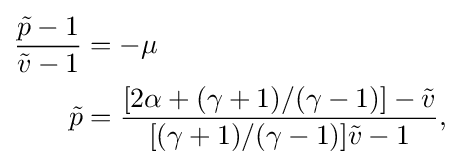
{\begin{aligned}{\frac {{\tilde {p}}-1}{{\tilde {v}}-1}}&=-\mu \\{\tilde {p}}&={\frac {[2\alpha +(\gamma +1)/(\gamma -1)]-{\tilde {v}}}{[(\gamma +1)/(\gamma -1)]{\tilde {v}}-1}},\end{aligned}}